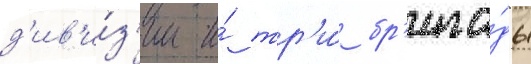
д'ив'и́з'ии и́ тр'и́ бр'ига́ды